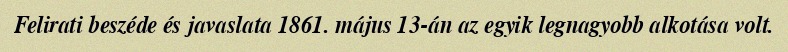
Felirati beszéde és javaslata 1861. május 13-án az egyik legnagyobb alkotása volt.